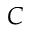
C